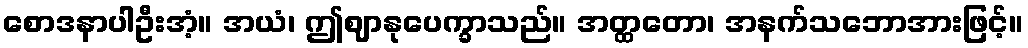
စောဒနာပါဦးအံ့။ အယံ၊ ဤဈာနုပေက္ခာသည်။ အတ္ထတော၊ အနက်သဘောအားဖြင့်။